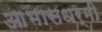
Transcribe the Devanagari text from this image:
आभासधर्मी